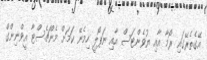
އޭގެތެރޭގައި ރޯމާ އާއި ޔުވެންޓަސް އާއި ނަޕޯލީ ހިމެނޭ ކަމަށް މެންޗެސްޓާ އީވްނިންގް